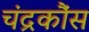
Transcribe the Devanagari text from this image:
चंद्रकौंस